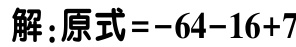
解:原式\(=-64 - 16 + 7\)